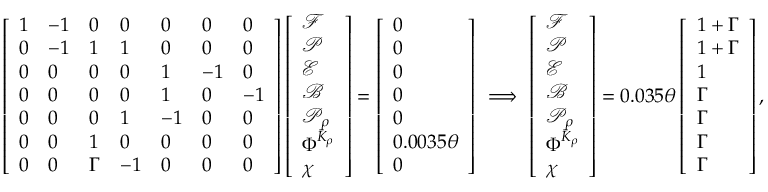
\left[ \begin{array} { l l l l l l l } { 1 } & { - 1 } & { 0 } & { 0 } & { 0 } & { 0 } & { 0 } \\ { 0 } & { - 1 } & { 1 } & { 1 } & { 0 } & { 0 } & { 0 } \\ { 0 } & { 0 } & { 0 } & { 0 } & { 1 } & { - 1 } & { 0 } \\ { 0 } & { 0 } & { 0 } & { 0 } & { 1 } & { 0 } & { - 1 } \\ { 0 } & { 0 } & { 0 } & { 1 } & { - 1 } & { 0 } & { 0 } \\ { 0 } & { 0 } & { 1 } & { 0 } & { 0 } & { 0 } & { 0 } \\ { 0 } & { 0 } & { \Gamma } & { - 1 } & { 0 } & { 0 } & { 0 } \end{array} \right] \left[ \begin{array} { l } { \mathcal { F } } \\ { \mathcal { P } } \\ { \mathcal { E } } \\ { \mathcal { B } } \\ { \mathcal { P } _ { \rho } } \\ { \Phi ^ { \bar { K } _ { \rho } } } \\ { \chi } \end{array} \right] = \left[ \begin{array} { l } { 0 } \\ { 0 } \\ { 0 } \\ { 0 } \\ { 0 } \\ { 0 . 0 0 3 5 \theta } \\ { 0 } \end{array} \right] \ \Longrightarrow \ \left[ \begin{array} { l } { \mathcal { F } } \\ { \mathcal { P } } \\ { \mathcal { E } } \\ { \mathcal { B } } \\ { \mathcal { P } _ { \rho } } \\ { \Phi ^ { \bar { K } _ { \rho } } } \\ { \chi } \end{array} \right] = 0 . 0 3 5 \theta \left[ \begin{array} { l } { 1 + \Gamma } \\ { 1 + \Gamma } \\ { 1 } \\ { \Gamma } \\ { \Gamma } \\ { \Gamma } \\ { \Gamma } \end{array} \right] ,